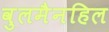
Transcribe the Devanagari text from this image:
वुलमैनहिल